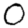
Digit: 0